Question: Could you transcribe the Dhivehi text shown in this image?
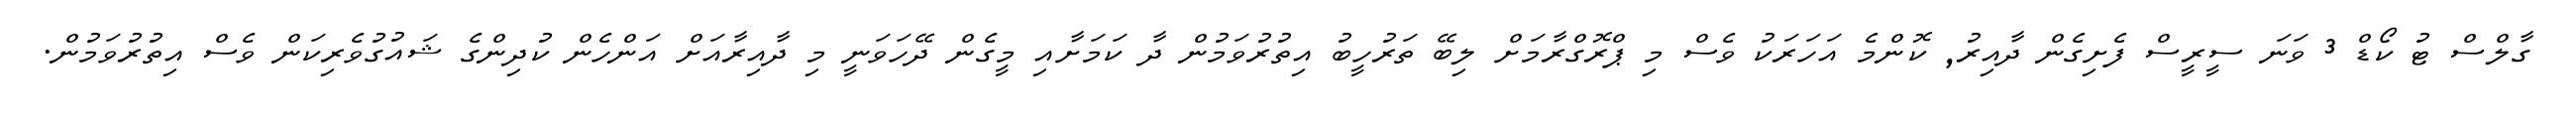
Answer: ގާލްސް ޓު ކޯޑް 3 ވަނަ ސީރީސް ފެށިގެން ދާއިރު, ކޮންމެ އަހަރަކު ވެސް މި ޕްރޮގްރާމަށް ލިބޭ ތަރުހީބު އިތުރުވަމުން ދާ ކަމަށާއި މީގެން ދޭހަވަނީ މި ދާއިރާއަށް އަންހެން ކުދިންގެ ޝައުގުވެރިކަން ވެސް އިތުރުވަމުން.